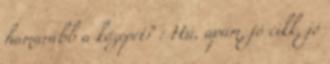
hamarabb a közepét? : Hú, apám, jó cikk, jó